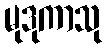
မုဒုကာသု